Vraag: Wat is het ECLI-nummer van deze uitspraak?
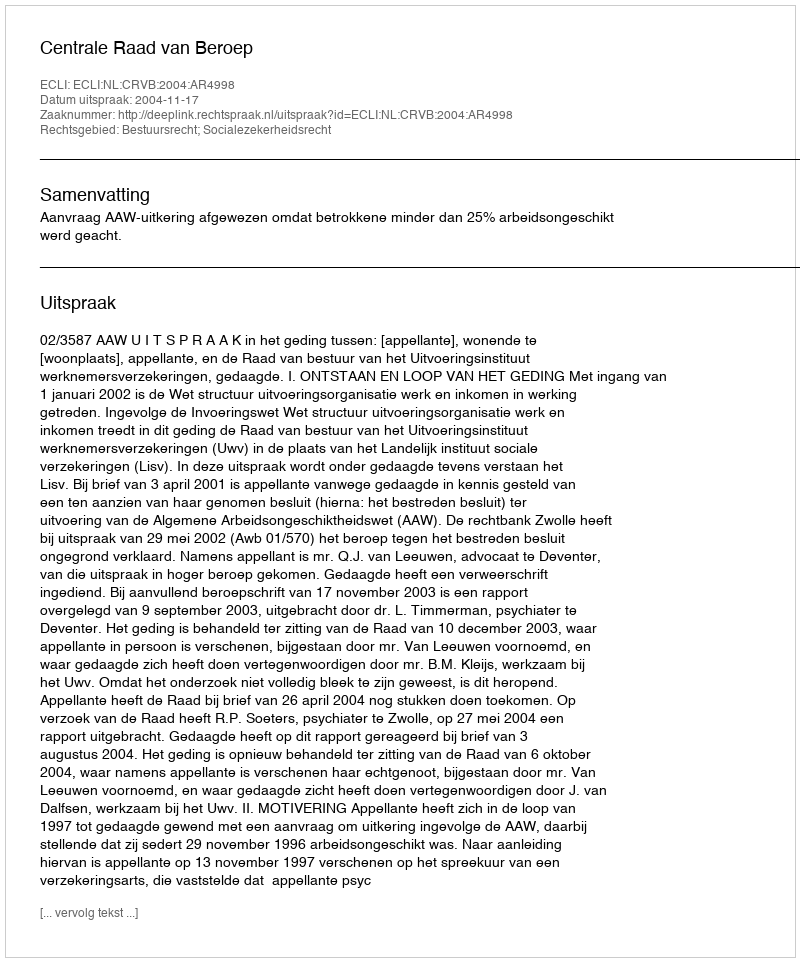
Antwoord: ECLI:NL:CRVB:2004:AR4998